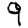
Digit: 9